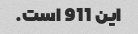
این 911 است.